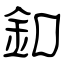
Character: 釦